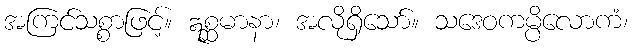
အကြင်သစ္စာဖြင့်။ ဣစ္ဆမာနာ၊ အလိုရှိသော်။ သဒေဝကမ္ပိလောကံ၊